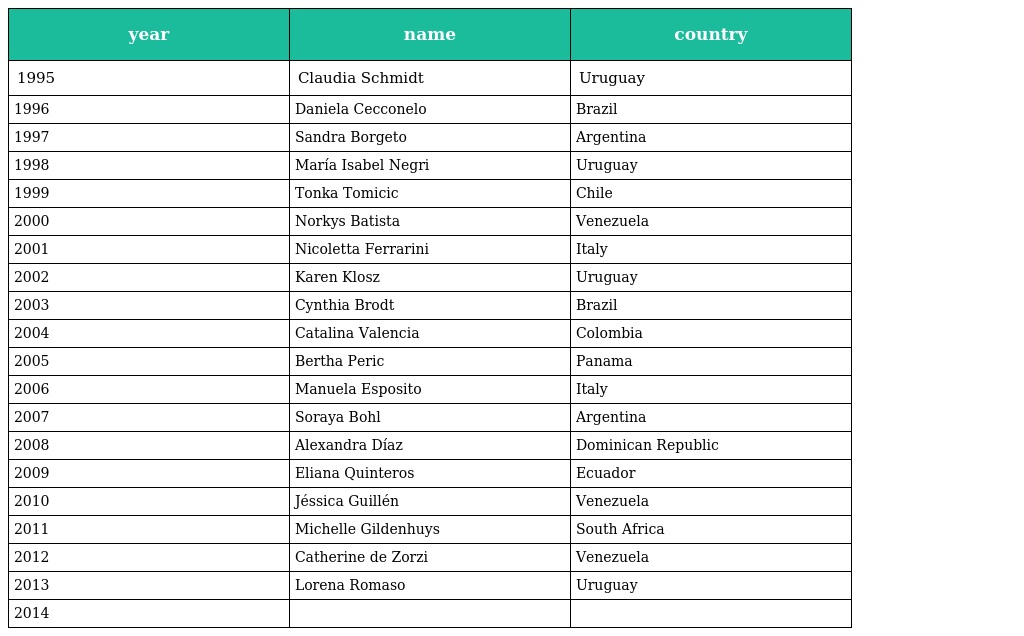
| year | name | country |
 | --- | --- | --- |
 | 1995 | Claudia Schmidt | Uruguay |
 | 1996 | Daniela Cecconelo | Brazil |
 | 1997 | Sandra Borgeto | Argentina |
 | 1998 | María Isabel Negri | Uruguay |
 | 1999 | Tonka Tomicic | Chile |
 | 2000 | Norkys Batista | Venezuela |
 | 2001 | Nicoletta Ferrarini | Italy |
 | 2002 | Karen Klosz | Uruguay |
 | 2003 | Cynthia Brodt | Brazil |
 | 2004 | Catalina Valencia | Colombia |
 | 2005 | Bertha Peric | Panama |
 | 2006 | Manuela Esposito | Italy |
 | 2007 | Soraya Bohl | Argentina |
 | 2008 | Alexandra Díaz | Dominican Republic |
 | 2009 | Eliana Quinteros | Ecuador |
 | 2010 | Jéssica Guillén | Venezuela |
 | 2011 | Michelle Gildenhuys | South Africa |
 | 2012 | Catherine de Zorzi | Venezuela |
 | 2013 | Lorena Romaso | Uruguay |
 | 2014 |  |  |